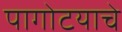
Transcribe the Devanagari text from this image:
पागोटयाचे